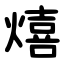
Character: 熺